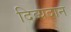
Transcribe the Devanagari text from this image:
दिव्यदान